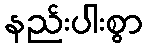
နည်းပါးစွာ